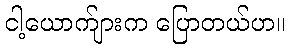
ငါ့ယောက်ျားက ပြောတယ်ဟ။